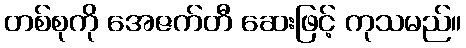
တစ်စုကို အေဇက်တီ ဆေးဖြင့် ကုသမည်။